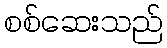
စစ်ဆေးသည်